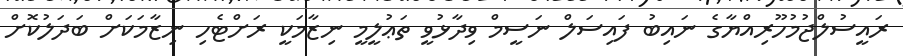
ރައީސުލްޖުމުހޫރިއްޔާގެ ނައިބު ފައިސަލް ނަސީމް ވިދާޅުވީ ތަޢުލީމީ ނިޒާމަކީ ރަށްޓެހި ނިޒާމަކަށް ބަދަލުކޮށް